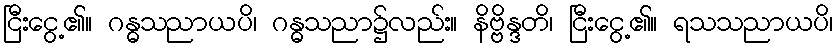
ငြီးငွေ့၏။ ဂန္ဓသညာယပိ၊ ဂန္ဓသညာ၌လည်း။ နိဗ္ဗိန္ဒတိ၊ ငြီးငွေ့၏။ ရသသညာယပိ၊